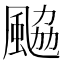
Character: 䬅